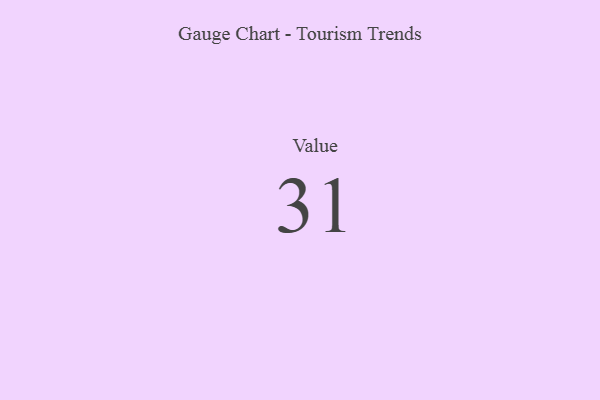
{"axis": {"x": "Metric", "y": "Value"}, "legend": [""], "data": [{"x": "Value", "y": 31, "type": ""}]}